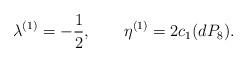
LaTeX: \begin{align*}\lambda^{(1)}=-\frac{1}{2}, \qquad \eta^{(1)}=2c_{1}(dP_{8}).\end{align*}